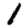
Digit: 1